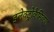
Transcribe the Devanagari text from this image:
इलेक्ट्रोकैमिकल